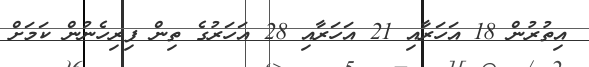
އިތުރުން 18 އަހަރާއި 21 އަހަރާއި 28 އަހަރުގެ ތިން ފިރިހެނުން ކަމަށް